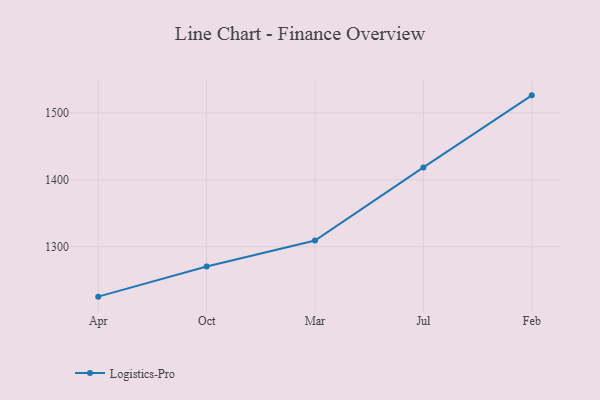
{"axis": {"x": "Month", "y": "Temperature (°C)"}, "legend": ["Logistics-Pro"], "data": [{"x": "Apr", "y": 1225.6, "type": "Logistics-Pro"}, {"x": "Oct", "y": 1270.6, "type": "Logistics-Pro"}, {"x": "Mar", "y": 1309.4, "type": "Logistics-Pro"}, {"x": "Jul", "y": 1418.5, "type": "Logistics-Pro"}, {"x": "Feb", "y": 1526.0, "type": "Logistics-Pro"}]}